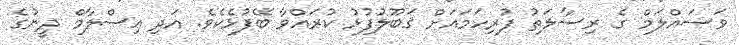
ވަސައްލަމް ގެ ރިސާލަތު ފުރިހަމައަށް ޤަބޫލުފުޅު ކުރައްވާ ބޭފުޅެކެވެ. އަދި އިސްލާމް ދީނުގެ